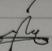
Signature authenticity: genuine